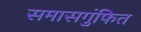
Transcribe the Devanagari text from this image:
समासगुंफित